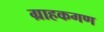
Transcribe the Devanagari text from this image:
ग्राहकगण